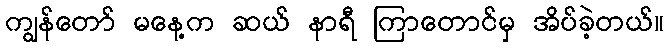
ကျွန်တော် မနေ့က ဆယ် နာရီ ကြာတောင်မှ အိပ်ခဲ့တယ်။